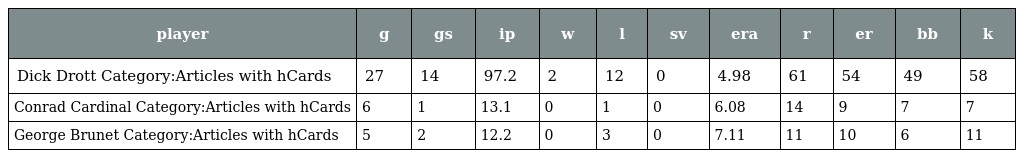
| player | g | gs | ip | w | l | sv | era | r | er | bb | k |
 | --- | --- | --- | --- | --- | --- | --- | --- | --- | --- | --- | --- |
 | Dick Drott Category:Articles with hCards | 27 | 14 | 97.2 | 2 | 12 | 0 | 4.98 | 61 | 54 | 49 | 58 |
 | Conrad Cardinal Category:Articles with hCards | 6 | 1 | 13.1 | 0 | 1 | 0 | 6.08 | 14 | 9 | 7 | 7 |
 | George Brunet Category:Articles with hCards | 5 | 2 | 12.2 | 0 | 3 | 0 | 7.11 | 11 | 10 | 6 | 11 |